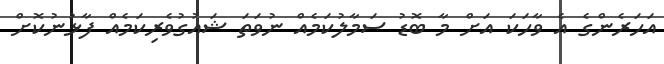
އަހަރެންގެ އެ ވާހަކަ އަށް މާ ބޮޑު ސަމާލުކަމެއް ނުވަތަ ޝައުގުވެރިކަމެއް ފާޅުނުކޮށް